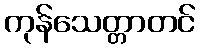
ကုန်သေတ္တာတင်